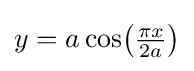
y=a\cos \!{\big (}{\tfrac {\pi x}{2a}}{\big )}